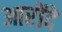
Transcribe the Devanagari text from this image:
आरोंदे